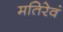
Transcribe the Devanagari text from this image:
मतिरेवं